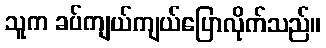
သူက ခပ်ကျယ်ကျယ်ပြောလိုက်သည်။